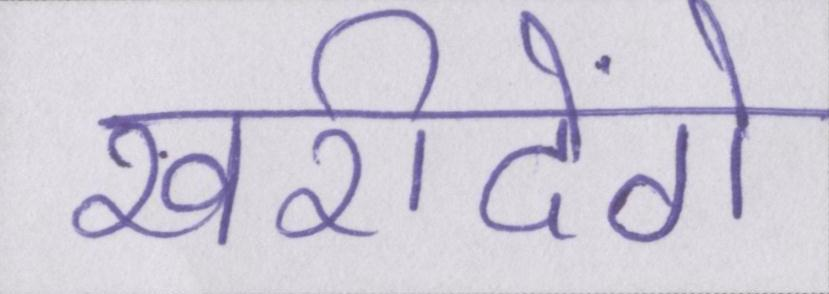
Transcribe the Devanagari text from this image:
खरीदेंगे